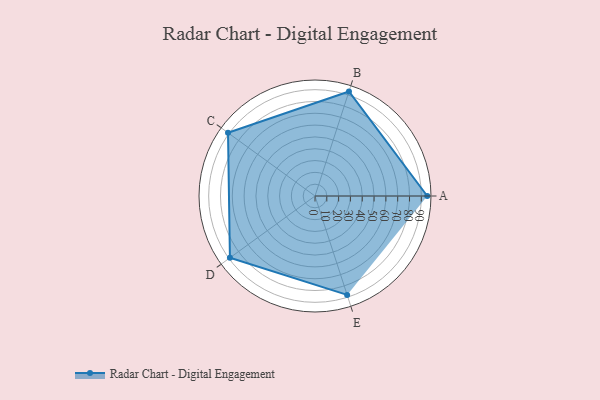
{"axis": {"x": "Skill", "y": "Score"}, "legend": ["Profile"], "data": [{"x": "A", "y": 95.0, "type": "Profile"}, {"x": "B", "y": 93.0, "type": "Profile"}, {"x": "C", "y": 91.0, "type": "Profile"}, {"x": "D", "y": 89.0, "type": "Profile"}, {"x": "E", "y": 88.0, "type": "Profile"}]}